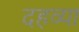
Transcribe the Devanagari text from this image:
दहव्या